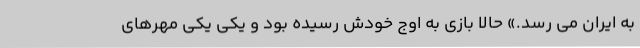
به ایران می رسد.» حالا بازی به اوج خودش رسیده بود و یکی یکی مهرهای